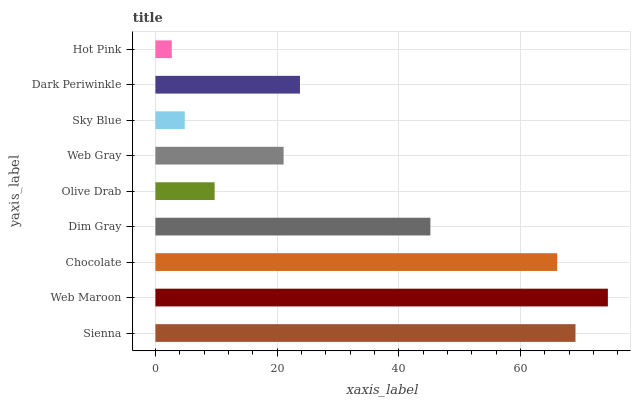
| yaxis_label | bars |
 | --- | --- |
 | Sienna | 69 |
 | Web Maroon | 74.3 |
 | Chocolate | 66 |
 | Dim Gray | 45.2 |
 | Olive Drab | 9.74 |
 | Web Gray | 21.1 |
 | Sky Blue | 4.82 |
 | Dark Periwinkle | 23.8 |
 | Hot Pink | 2.69 |